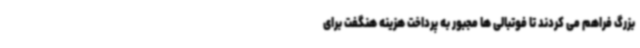
بزرگ فراهم می کردند تا فوتبالی ها مجبور به پرداخت هزینه هنگفت برای